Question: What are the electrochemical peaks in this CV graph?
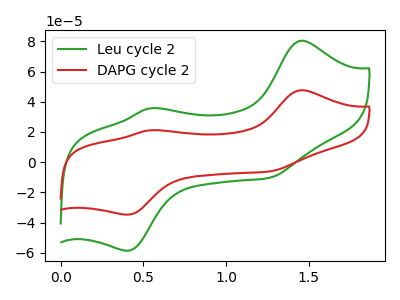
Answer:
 <answer>The green curve "Leu cycle 2" has anodic peaks at (1.45V, 80.40uA) (0.55V, 35.60uA) and cathodic peaks at (0.40V, -58.60uA) (1.25V, -10.30uA). The red curve "DAPG cycle 2" has anodic peaks at (1.45V, 47.60uA) (0.55V, 21.10uA) and cathodic peaks at (0.40V, -34.70uA) (1.25V, -6.10uA).</answer>
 <eval></eval>